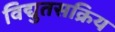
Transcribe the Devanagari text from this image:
विद्युतसक्रिय